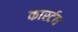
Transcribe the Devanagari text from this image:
कार्स्टन